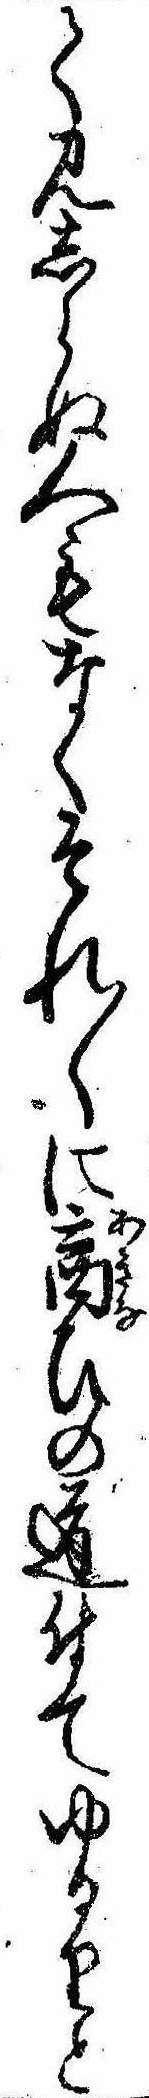
て見しらぬ人もなくそれ〱に商ひの道付てゆるりと